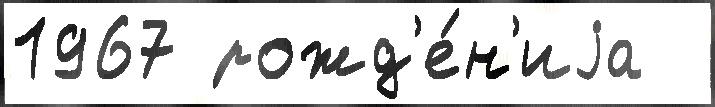
1967 рожд'е́н'иjа